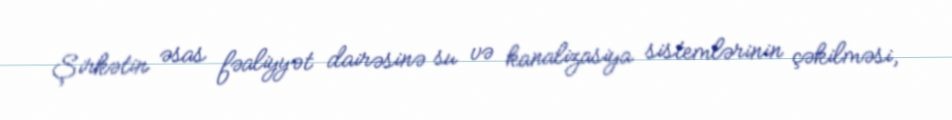
Şirkətin əsas fəaliyyət dairəsinə su və kanalizasiya sistemlərinin çəkilməsi,